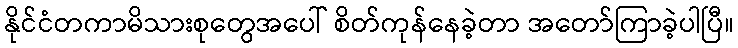
နိုင်ငံတကာမိသားစုတွေအပေါ် စိတ်ကုန်နေခဲ့တာ အတော်ကြာခဲ့ပါပြီ။